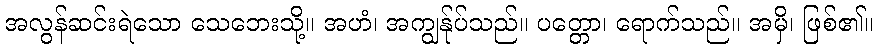
အလွန်ဆင်းရဲသော သေဘေးသို့။ အဟံ၊ အကျွန်ုပ်သည်။ ပတ္တော၊ ရောက်သည်။ အမှိ၊ ဖြစ်၏။